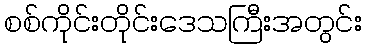
စစ်ကိုင်းတိုင်းဒေသကြီးအတွင်း